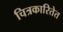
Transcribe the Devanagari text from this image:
चित्रकारितेत